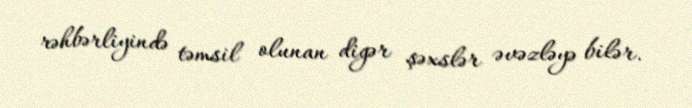
rəhbərliyində təmsil olunan digər şəxslər əvəzləyə bilər.